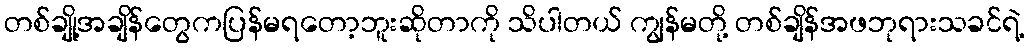
တစ်ချို့အချိန်တွေကပြန်မရတော့ဘူးဆိုတာကို သိပါတယ် ကျွန်မတို့ တစ်ချိန်အဖဘုရားသခင်ရဲ့